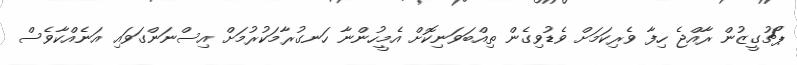
ޕޯޗުގީޒުން ރާއްޖެ ހިފާ ވެރިކަމަށް ވެޑުވިގެން ތިއްބަވަނިކޮށް އެމީހުންނާ ހަނގުރާމަކުރުމަށް އިސްނަންގަވައި އަނެއްކާވެސް